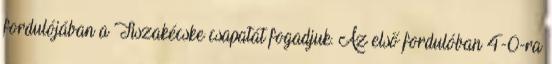
fordulójában a Tiszakécske csapatát fogadjuk. Az első fordulóban 4-0-ra